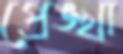
প্রেঙ্খা